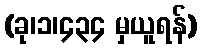
(ခု၊၁၊၄၃၄ မှယူရန်)